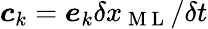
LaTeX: \boldsymbol{c}_{k}=\boldsymbol{e}_{k}\delta x_{\mathrm{~M~L~}}/\delta t